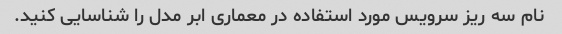
نام سه ریز سرویس مورد استفاده در معماری ابر مدل را شناسایی کنید.